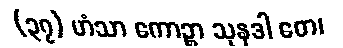
(၃၇) ဟံသာ ကောဉ္စာ သုနဒါ တေ၊